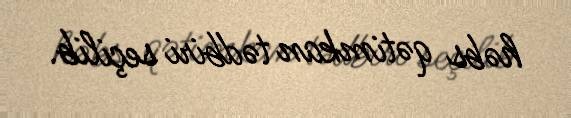
həbs qətimkan tədbiri seçilib.